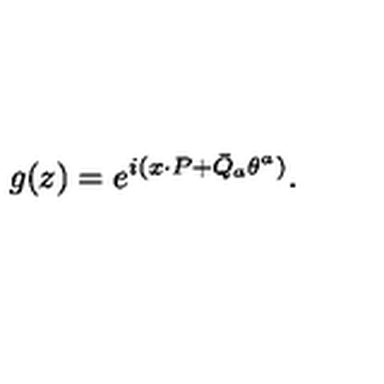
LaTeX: g ( z ) = \displaystyle { e ^ { i ( x { \cdot P } + \bar { Q } _ { a } \theta ^ { a } ) } } .